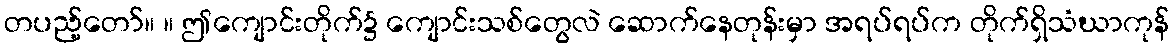
တပည့်တော်။ ။ ဤကျောင်းတိုက်၌ ကျောင်းသစ်တွေလဲ ဆောက်နေတုန်းမှာ အရပ်ရပ်က တိုက်ရှိသံဃာကုန်